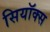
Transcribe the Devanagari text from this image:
सियॉक्स